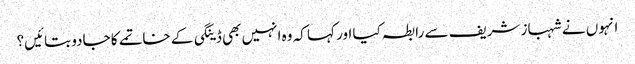
انہوں نے شہباز شریف سے رابطہ کیا اور کہا کہ وہ انہیں بھی ڈینگی کے خاتمے کا جادو بتائیں؟